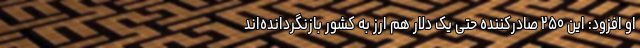
او افزود: این ۲۵۰ صادرکننده حتی یک دلار هم ارز به کشور بازنگردانده‌اند